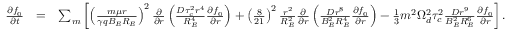
\begin{array} { r l r } { \frac { \partial f _ { 0 } } { \partial t } } & { = } & { \sum _ { m } \left[ \left( \frac { m \mu r } { \gamma q B _ { E } R _ { E } } \right) ^ { 2 } \frac { \partial } { \partial r } \left( \frac { D \tau _ { c } ^ { 2 } r ^ { 4 } } { R _ { E } ^ { 4 } } \frac { \partial f _ { 0 } } { \partial r } \right) + \left( \frac { 8 } { 2 1 } \right) ^ { 2 } \frac { r ^ { 2 } } { R _ { E } ^ { 2 } } \frac { \partial } { \partial r } \left( \frac { D r ^ { 8 } } { B _ { E } ^ { 2 } R _ { E } ^ { 4 } } \frac { \partial f _ { 0 } } { \partial r } \right) - \frac { 1 } { 3 } m ^ { 2 } \Omega _ { d } ^ { 2 } \tau _ { c } ^ { 2 } \frac { D r ^ { 9 } } { B _ { E } ^ { 2 } R _ { E } ^ { 6 } } \frac { \partial f _ { 0 } } { \partial r } \right] . } \end{array}